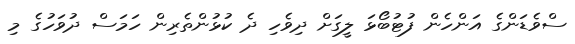
ސްވެޑަންގެ އަންހެން ފުޓުބޯޅަ ލީގަށް ދިވެހި ދެ ކުޅުންތެރިން ހަމަސް ދުވަހުގެ މި